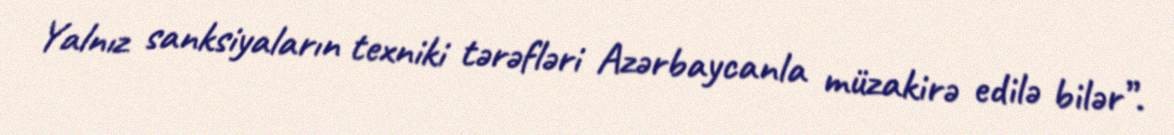
Yalnız sanksiyaların texniki tərəfləri Azərbaycanla müzakirə edilə bilər”.